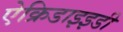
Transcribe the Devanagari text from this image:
ऐक्रिडाइइडी